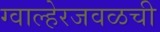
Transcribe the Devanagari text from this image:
ग्वाल्हेरजवळची